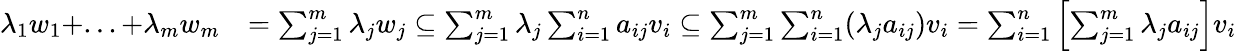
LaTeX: \begin{array}{rl}{\lambda_{1}w_{1}+...+\lambda_{m}w_{m}}&{=\sum_{j=1}^{m}\lambda_{j}w_{j}\subseteq\sum_{j=1}^{m}\lambda_{j}\sum_{i=1}^{n}a_{ij}v_{i}\subseteq\sum_{j=1}^{m}\sum_{i=1}^{n}(\lambda_{j}a_{ij})v_{i}=\sum_{i=1}^{n}\left[\sum_{j=1}^{m}\lambda_{j}a_{ij}\right]v_{i}}\end{array}